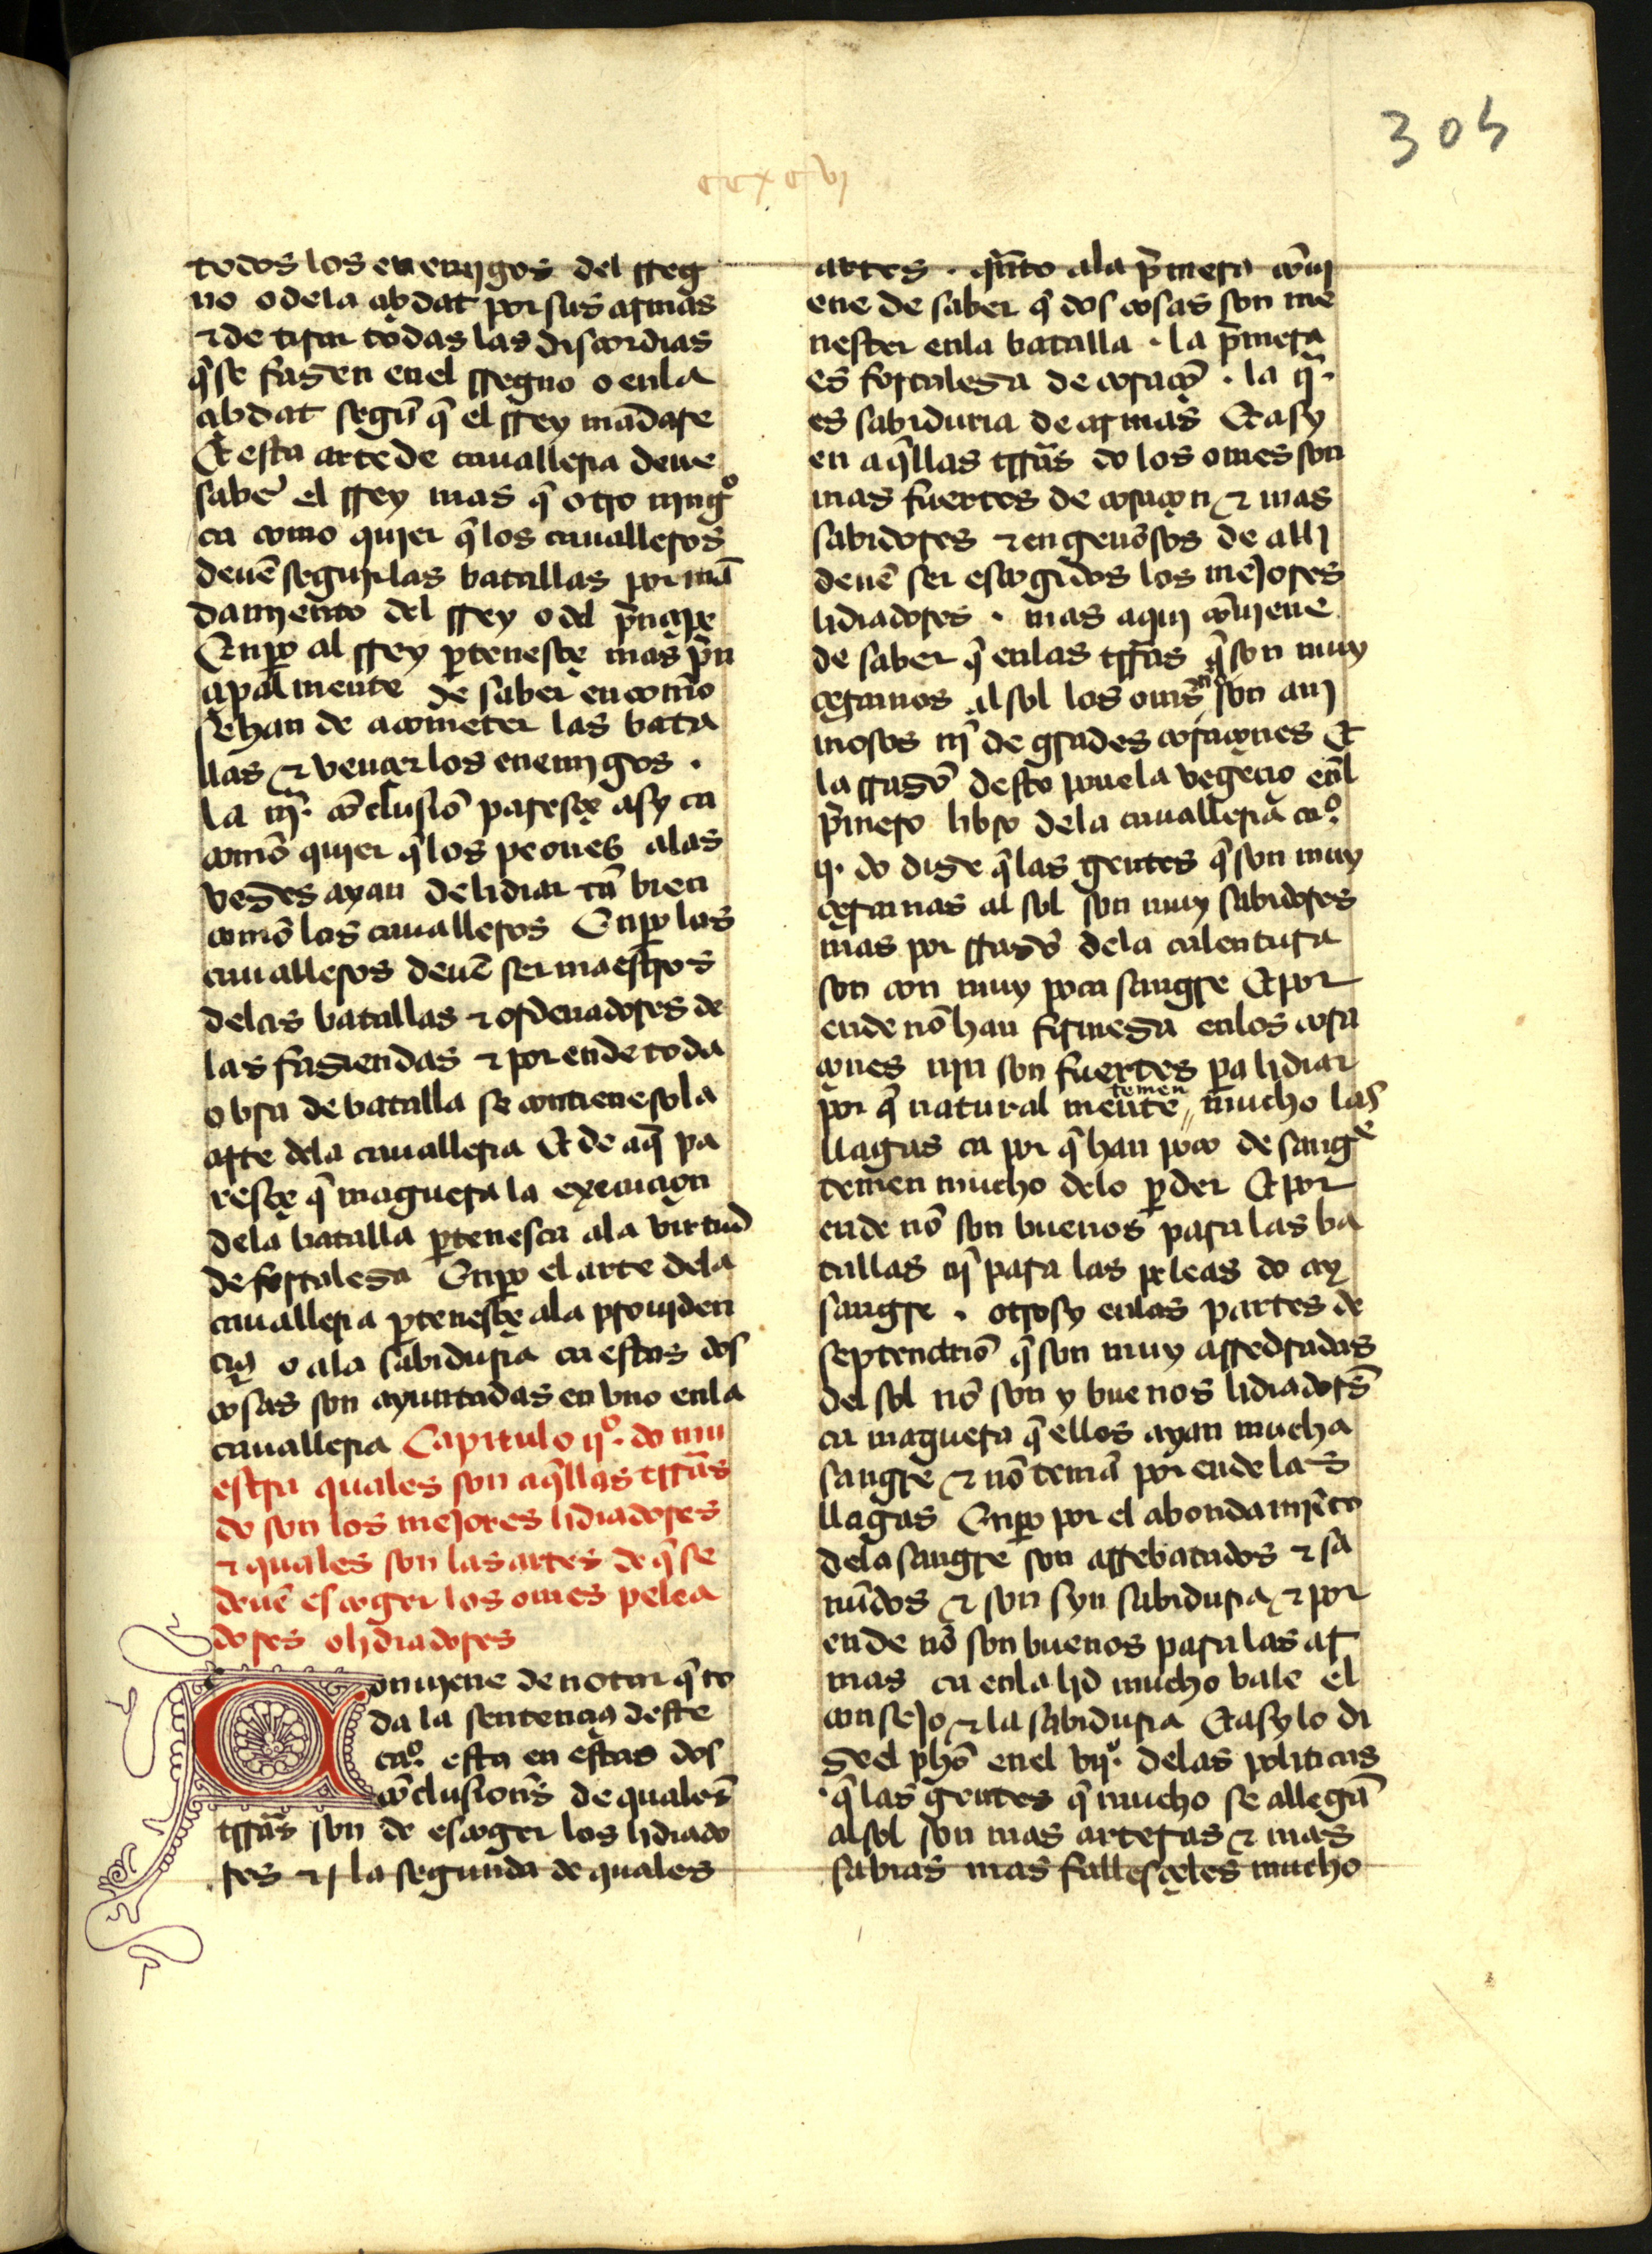
Shelfmark: Madrid, Instituto Valencia de don Juan, 2.6.I.5
Century: 15